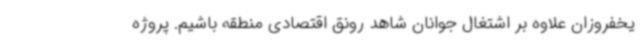
یخفروزان علاوه بر اشتغال جوانان شاهد رونق اقتصادی منطقه باشیم. پروژه